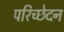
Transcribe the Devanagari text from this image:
परिच्छेदन